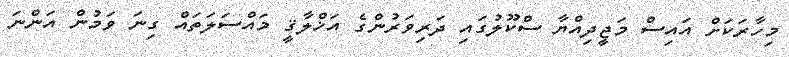
މިހާރަކަށް އައިސް މަޖީދިއްޔާ ސްކޫލުގައި ދަރިވަރުންގެ އަޚްލާޤީ މައްސަލަތައް ގިނަ ވަމުން އަންނަ